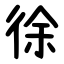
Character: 徐